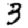
Digit: 3